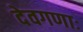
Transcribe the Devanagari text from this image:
देवगणाः